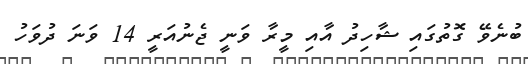
ބުނެވޭ ގޮތުގައި ޝާހިދު އާއި މީރާ ވަނީ ޖެނުއަރީ 14 ވަނަ ދުވަހު